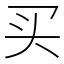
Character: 买